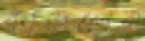
কাড়লেন